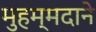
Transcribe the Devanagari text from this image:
मुहम्मदाने